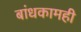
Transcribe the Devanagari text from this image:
बांधकामही